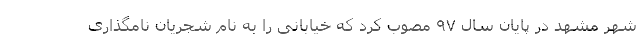
شهر مشهد در پایان سال ۹۷ مصوب کرد که خیابانی را به نام شجریان نامگذاری